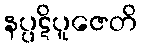
နပ္ပဋိပူဇေတိ